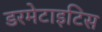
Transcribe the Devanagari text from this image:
डरमेटाइटिस